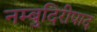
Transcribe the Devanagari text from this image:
नम्बुदिरीपाद